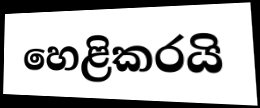
හෙළිකරයි